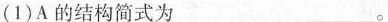
(1)A的结构简式为___。